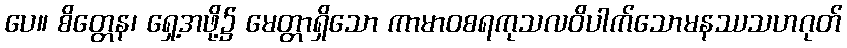
ပေ။ စိတ္တေန၊ ရှေ့အဖို့၌ မေတ္တာရှိသော ကာမာဝစရကုသလဝိပါက်သောမနဿသဟဂုတ်